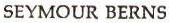
SEYMOUR BERNS